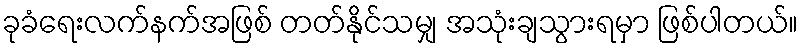
ခုခံရေးလက်နက်အဖြစ် တတ်နိုင်သမျှ အသုံးချသွားရမှာ ဖြစ်ပါတယ်။